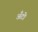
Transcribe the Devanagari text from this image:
अँटो